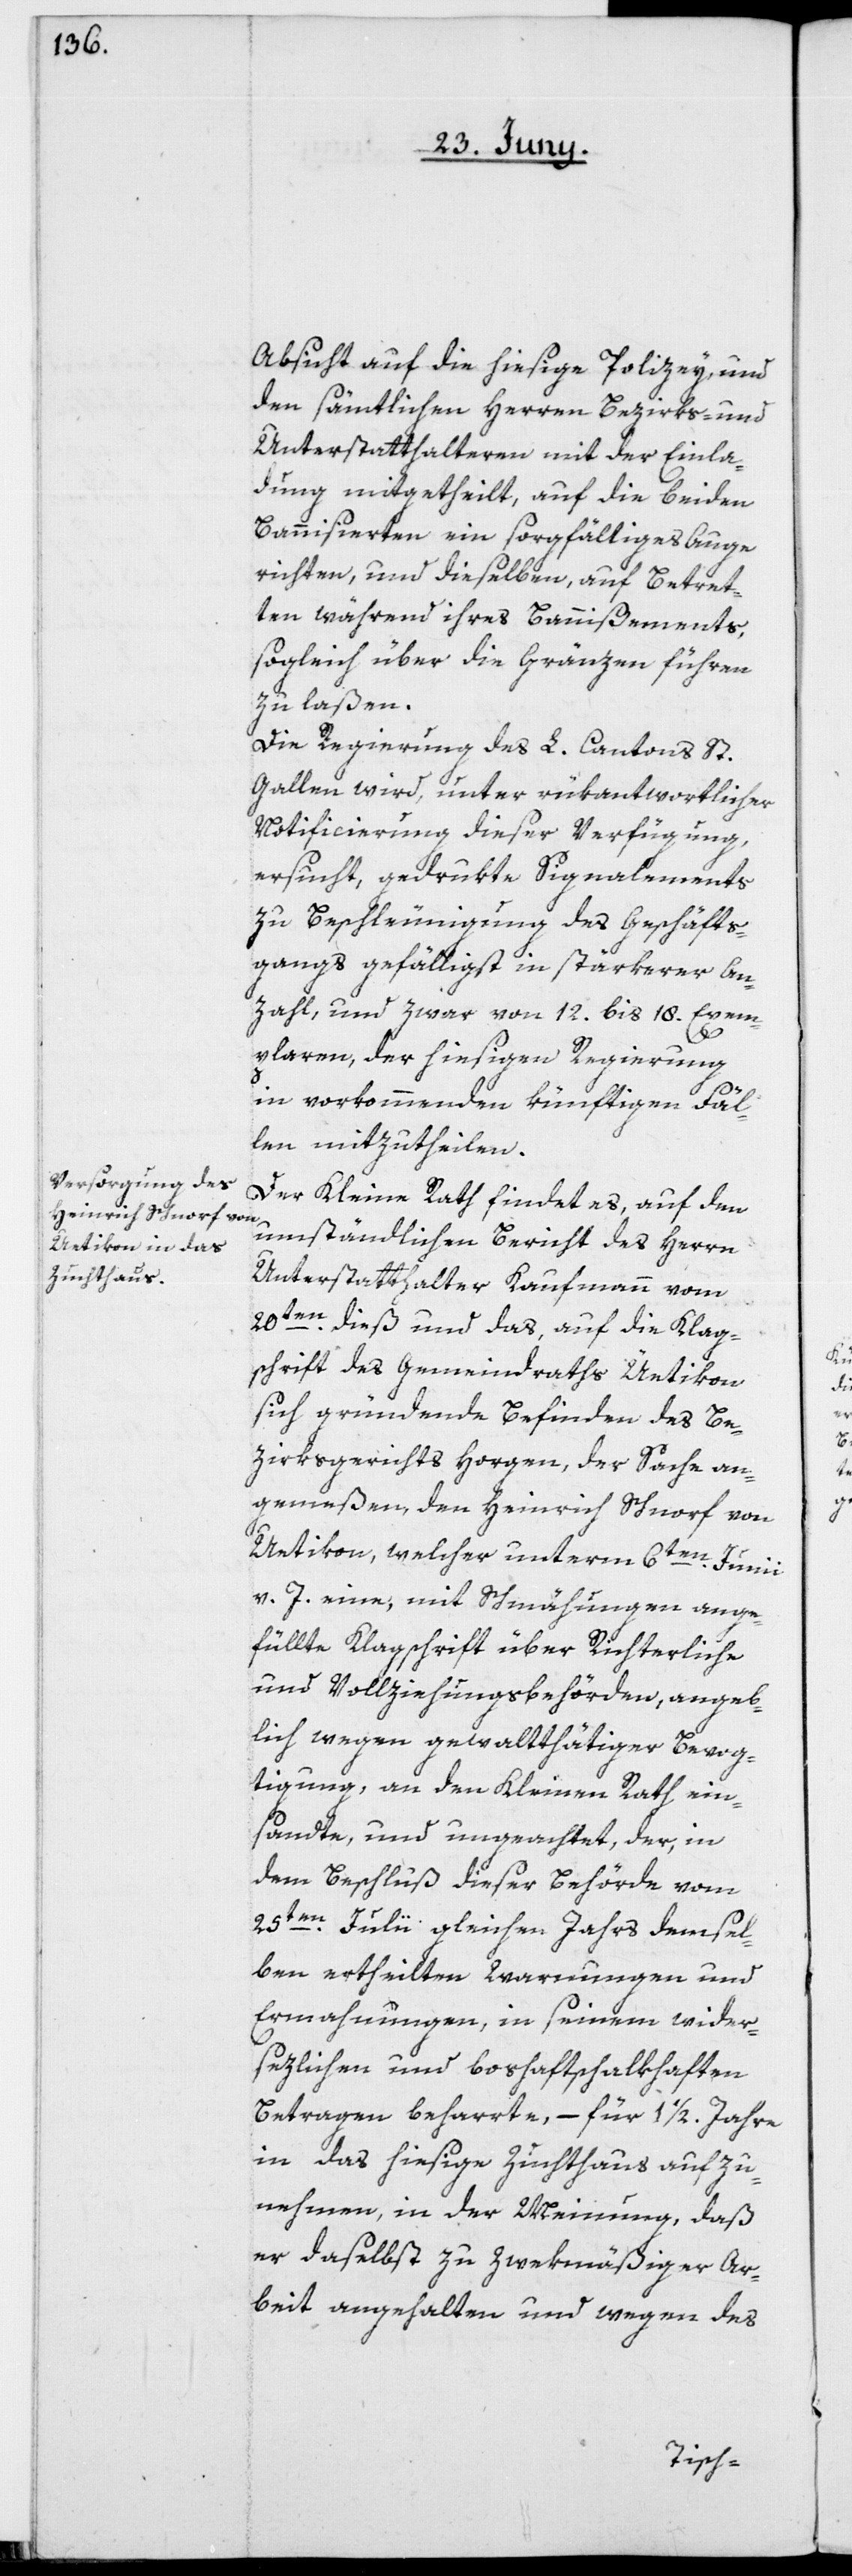
Absicht auf die hiesige Polizey, und
den sämtlichen Herren Bezirks- und
Unterstatthalteren mit der Einla¬
dung mitgetheilt, auf die beiden
Bannisierten ein sorgfältiges Auge
richten, und dieselben, auf Betret¬
ten während ihres Bannißements,
sogleich über die Gränzen führen
zu laßen.
Die Regierung des L. Cantons St.
Gallen wird, unter rükantwortlicher
Notificierung dieser Verfügung,
ersucht, gedrukte Signalements
zu Beschleunigung des Geschäfts¬
gangs gefälligst in stärkerer An¬
zahl, und zwar von 12. bis 18. Exem¬
plaren, der hiesigen Regierung
in vorkommenden künftigen Fäl¬
len mitzutheilen.
Der Kleine Rath findet es, auf den
umständlichen Bericht des Herrn
Unterstatthalter Kaufmann vom
20te¬
n dieß und das, auf die Klag¬
schrift des Gemeindraths Üetikon
sich gründende Befinden des Be¬
zirksgerichts Horgen, der Sache an¬
gemeßen, den Heinrich Schnorf von
Uetikon, welcher unterm 6ten Junii
v. J. eine, mit Schmähungen ange¬
füllte Klagschrift über Richterliche
und Vollziehungsbehörden, angeb¬
lich wegen gewaltthätiger Bevog¬
tigung, an den Kleinen Rath ein¬
sandte, und ungeachtet, der, in
dem Beschluß dieser Behörde vom
25ten Julii gleichen Jahrs demsel¬
ben ertheilten Warnungen und
Ermahnungen, in seinem wider¬
sezlichen und boshaftschalkhaften
Betragen beharrte, – für 1 1/2 Jahre
in das hiesige Zuchthaus aufzu¬
nehmen, in der Meinung, daß
er daselbst zu zwekmäßiger Ar¬
beit angehalten und wegen des